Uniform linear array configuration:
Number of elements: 8
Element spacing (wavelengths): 0.25
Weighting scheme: hann
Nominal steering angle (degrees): -45
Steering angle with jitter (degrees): -43.811
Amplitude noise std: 0.05
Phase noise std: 0.05

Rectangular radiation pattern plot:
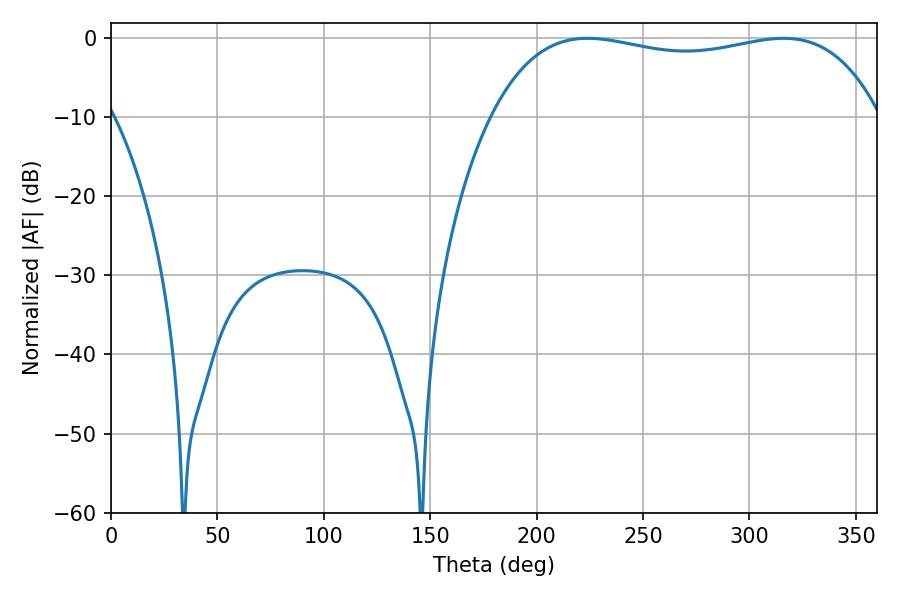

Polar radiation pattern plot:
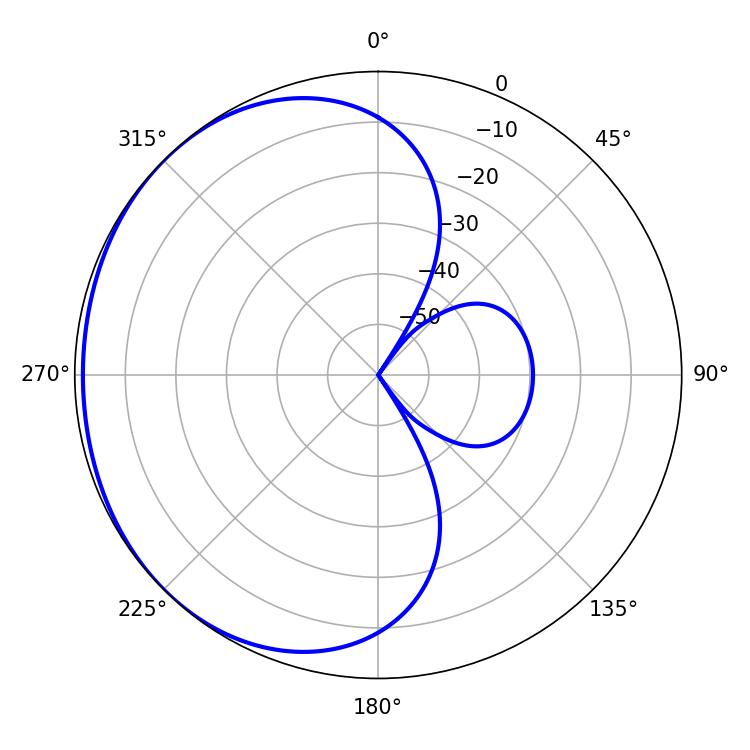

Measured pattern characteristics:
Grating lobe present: FALSE
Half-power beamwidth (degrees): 147.24
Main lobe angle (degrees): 223.92